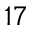
1 7